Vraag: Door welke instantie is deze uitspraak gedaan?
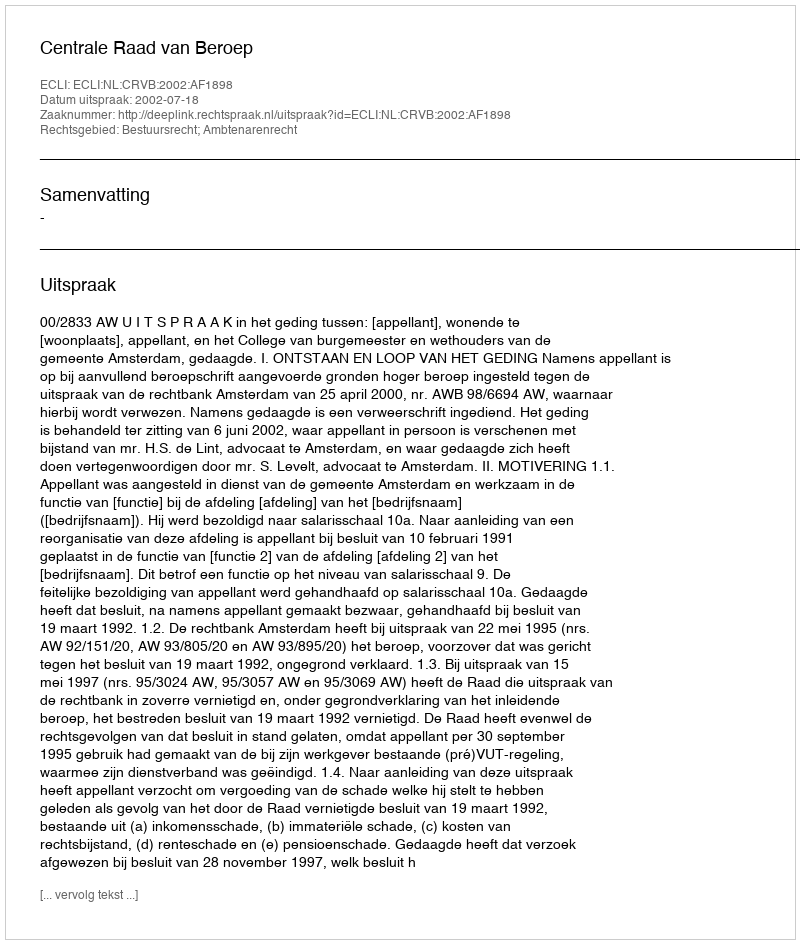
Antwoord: Centrale Raad van Beroep